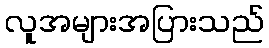
လူအများအပြားသည်